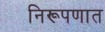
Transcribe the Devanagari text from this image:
निरूपणात